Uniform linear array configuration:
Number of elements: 16
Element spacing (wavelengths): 0.75
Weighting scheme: blackman
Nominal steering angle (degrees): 0
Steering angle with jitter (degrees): -1.111
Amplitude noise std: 0.05
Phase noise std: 0.05

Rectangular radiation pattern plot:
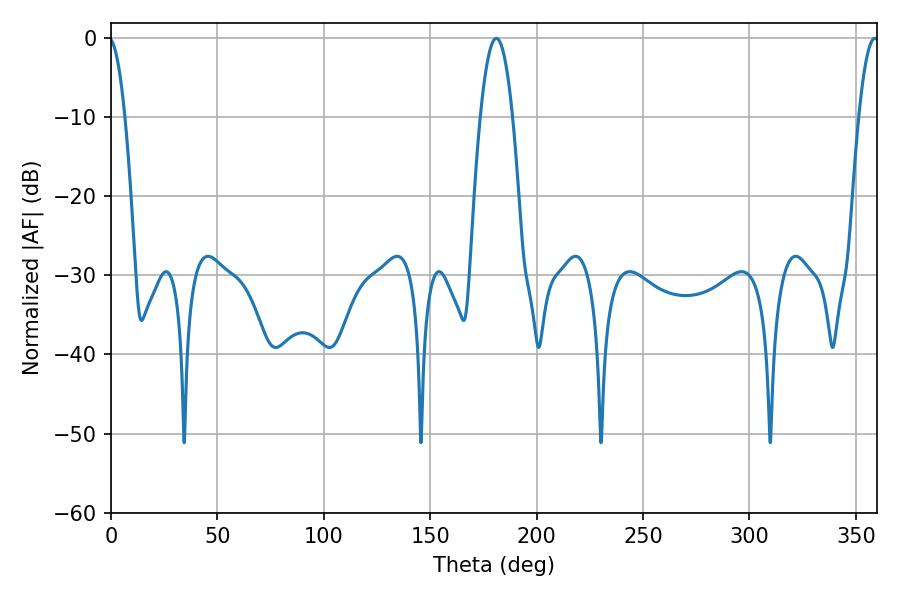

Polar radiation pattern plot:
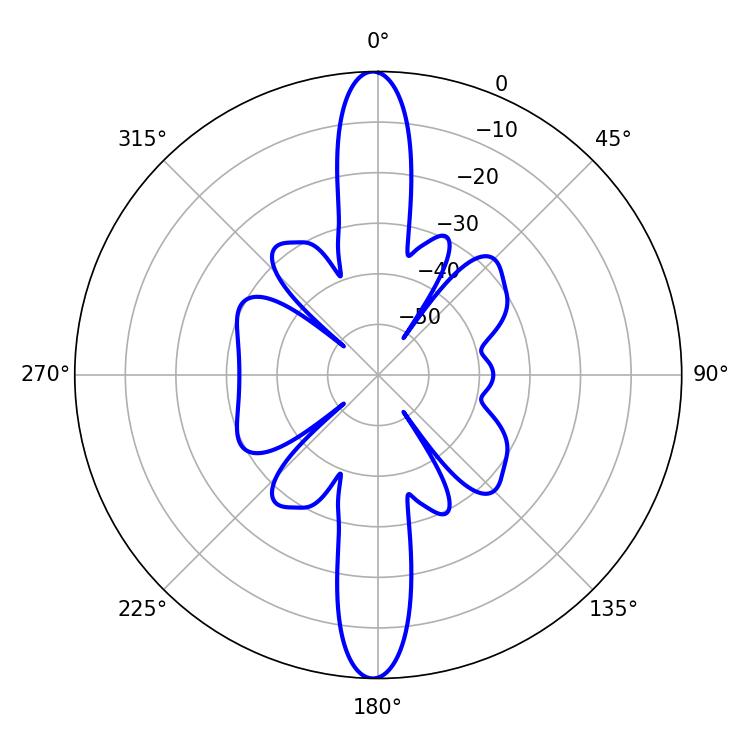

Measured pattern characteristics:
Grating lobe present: TRUE
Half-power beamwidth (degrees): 8.28
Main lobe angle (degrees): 181.08